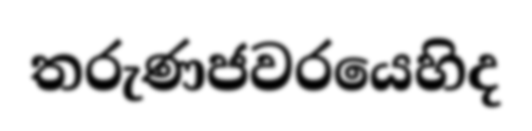
තරුණජවරයෙහිද